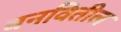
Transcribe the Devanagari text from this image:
बनवितील